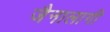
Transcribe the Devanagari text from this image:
जैनालागी